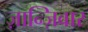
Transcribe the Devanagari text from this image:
ज़ान्ज़िबार